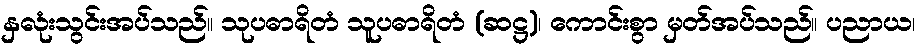
နှလုံးသွင်းအပ်သည်။ သုပဓာရိတံ သူပဓာရိတံ (ဆဋ္ဌ)၊ ကောင်းစွာ မှတ်အပ်သည်။ ပညာယ၊